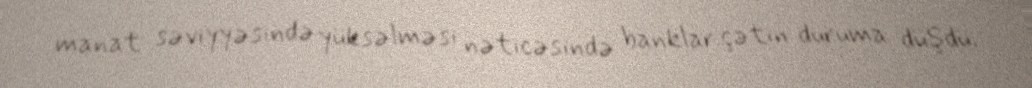
manat səviyyəsində yüksəlməsi nəticəsində banklar çətin duruma düşdü.